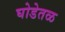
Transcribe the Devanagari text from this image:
घोडेतळ